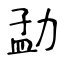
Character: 勐